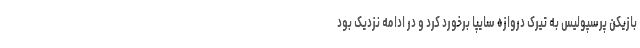
بازیکن پرسپولیس به تیرک دروازه سایپا برخورد کرد و در ادامه نزدیک بود